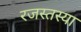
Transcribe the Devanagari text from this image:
रजस्तस्या